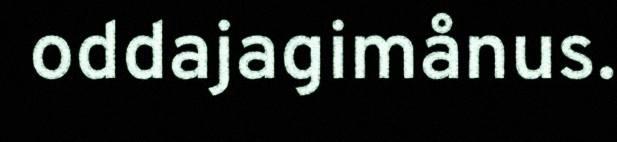
oddajagimånus.